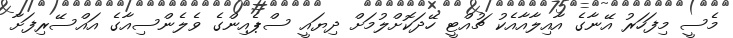
މެސީ މިފަހަރު އޭނާގެ އާއިލާއާއެކު ޗުއްޓީ ހޭދަކޮށްލުމަށް ދިޔައީ ސްޕެއިންގެ ވެލެންސިއާގެ އައްސޭރިފަށާ